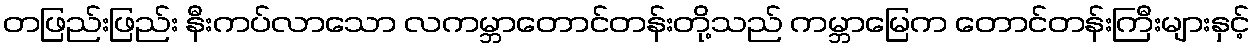
တဖြည်းဖြည်း နီးကပ်လာသော လကမ္ဘာတောင်တန်းတို့သည် ကမ္ဘာမြေက တောင်တန်းကြီးများနှင့်